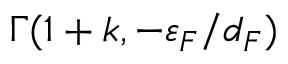
\Gamma ( 1 + k , - \varepsilon _ { F } / { d _ { F } } )